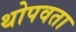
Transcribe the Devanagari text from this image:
थोपवता